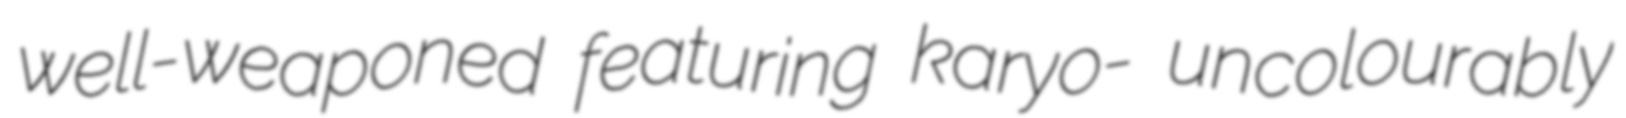
well-weaponed featuring karyo- uncolourably